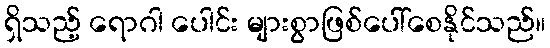
ရှိသည့် ရောဂါ ပေါင်း များစွာဖြစ်ပေါ်စေနိုင်သည်။